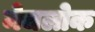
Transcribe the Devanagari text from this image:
मेचलोक